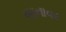
જનાવર